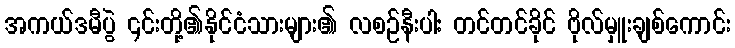
အကယ်ဒမီပွဲ ၎င်းတို့၏နိုင်ငံသားများ၏ လစဉ်နီးပါး တင်တင်ခိုင် ဗိုလ်မှူးချစ်ကောင်း